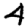
Digit: 4